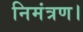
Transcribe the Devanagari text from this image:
निमंत्रण।